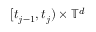
[ t _ { j - 1 } , t _ { j } ) \times \ensuremath { \mathbb { T } } ^ { d }